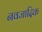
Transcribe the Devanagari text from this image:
नवजादिक